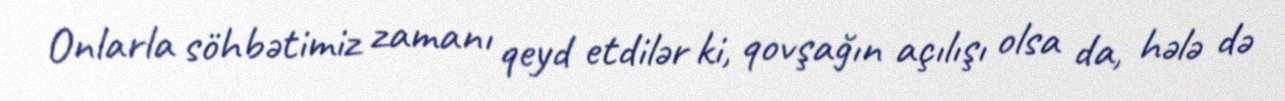
Onlarla söhbətimiz zamanı qeyd etdilər ki, qovşağın açılışı olsa da, hələ də